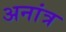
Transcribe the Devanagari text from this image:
अनांत्र